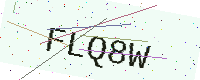
Text: FLQ8W